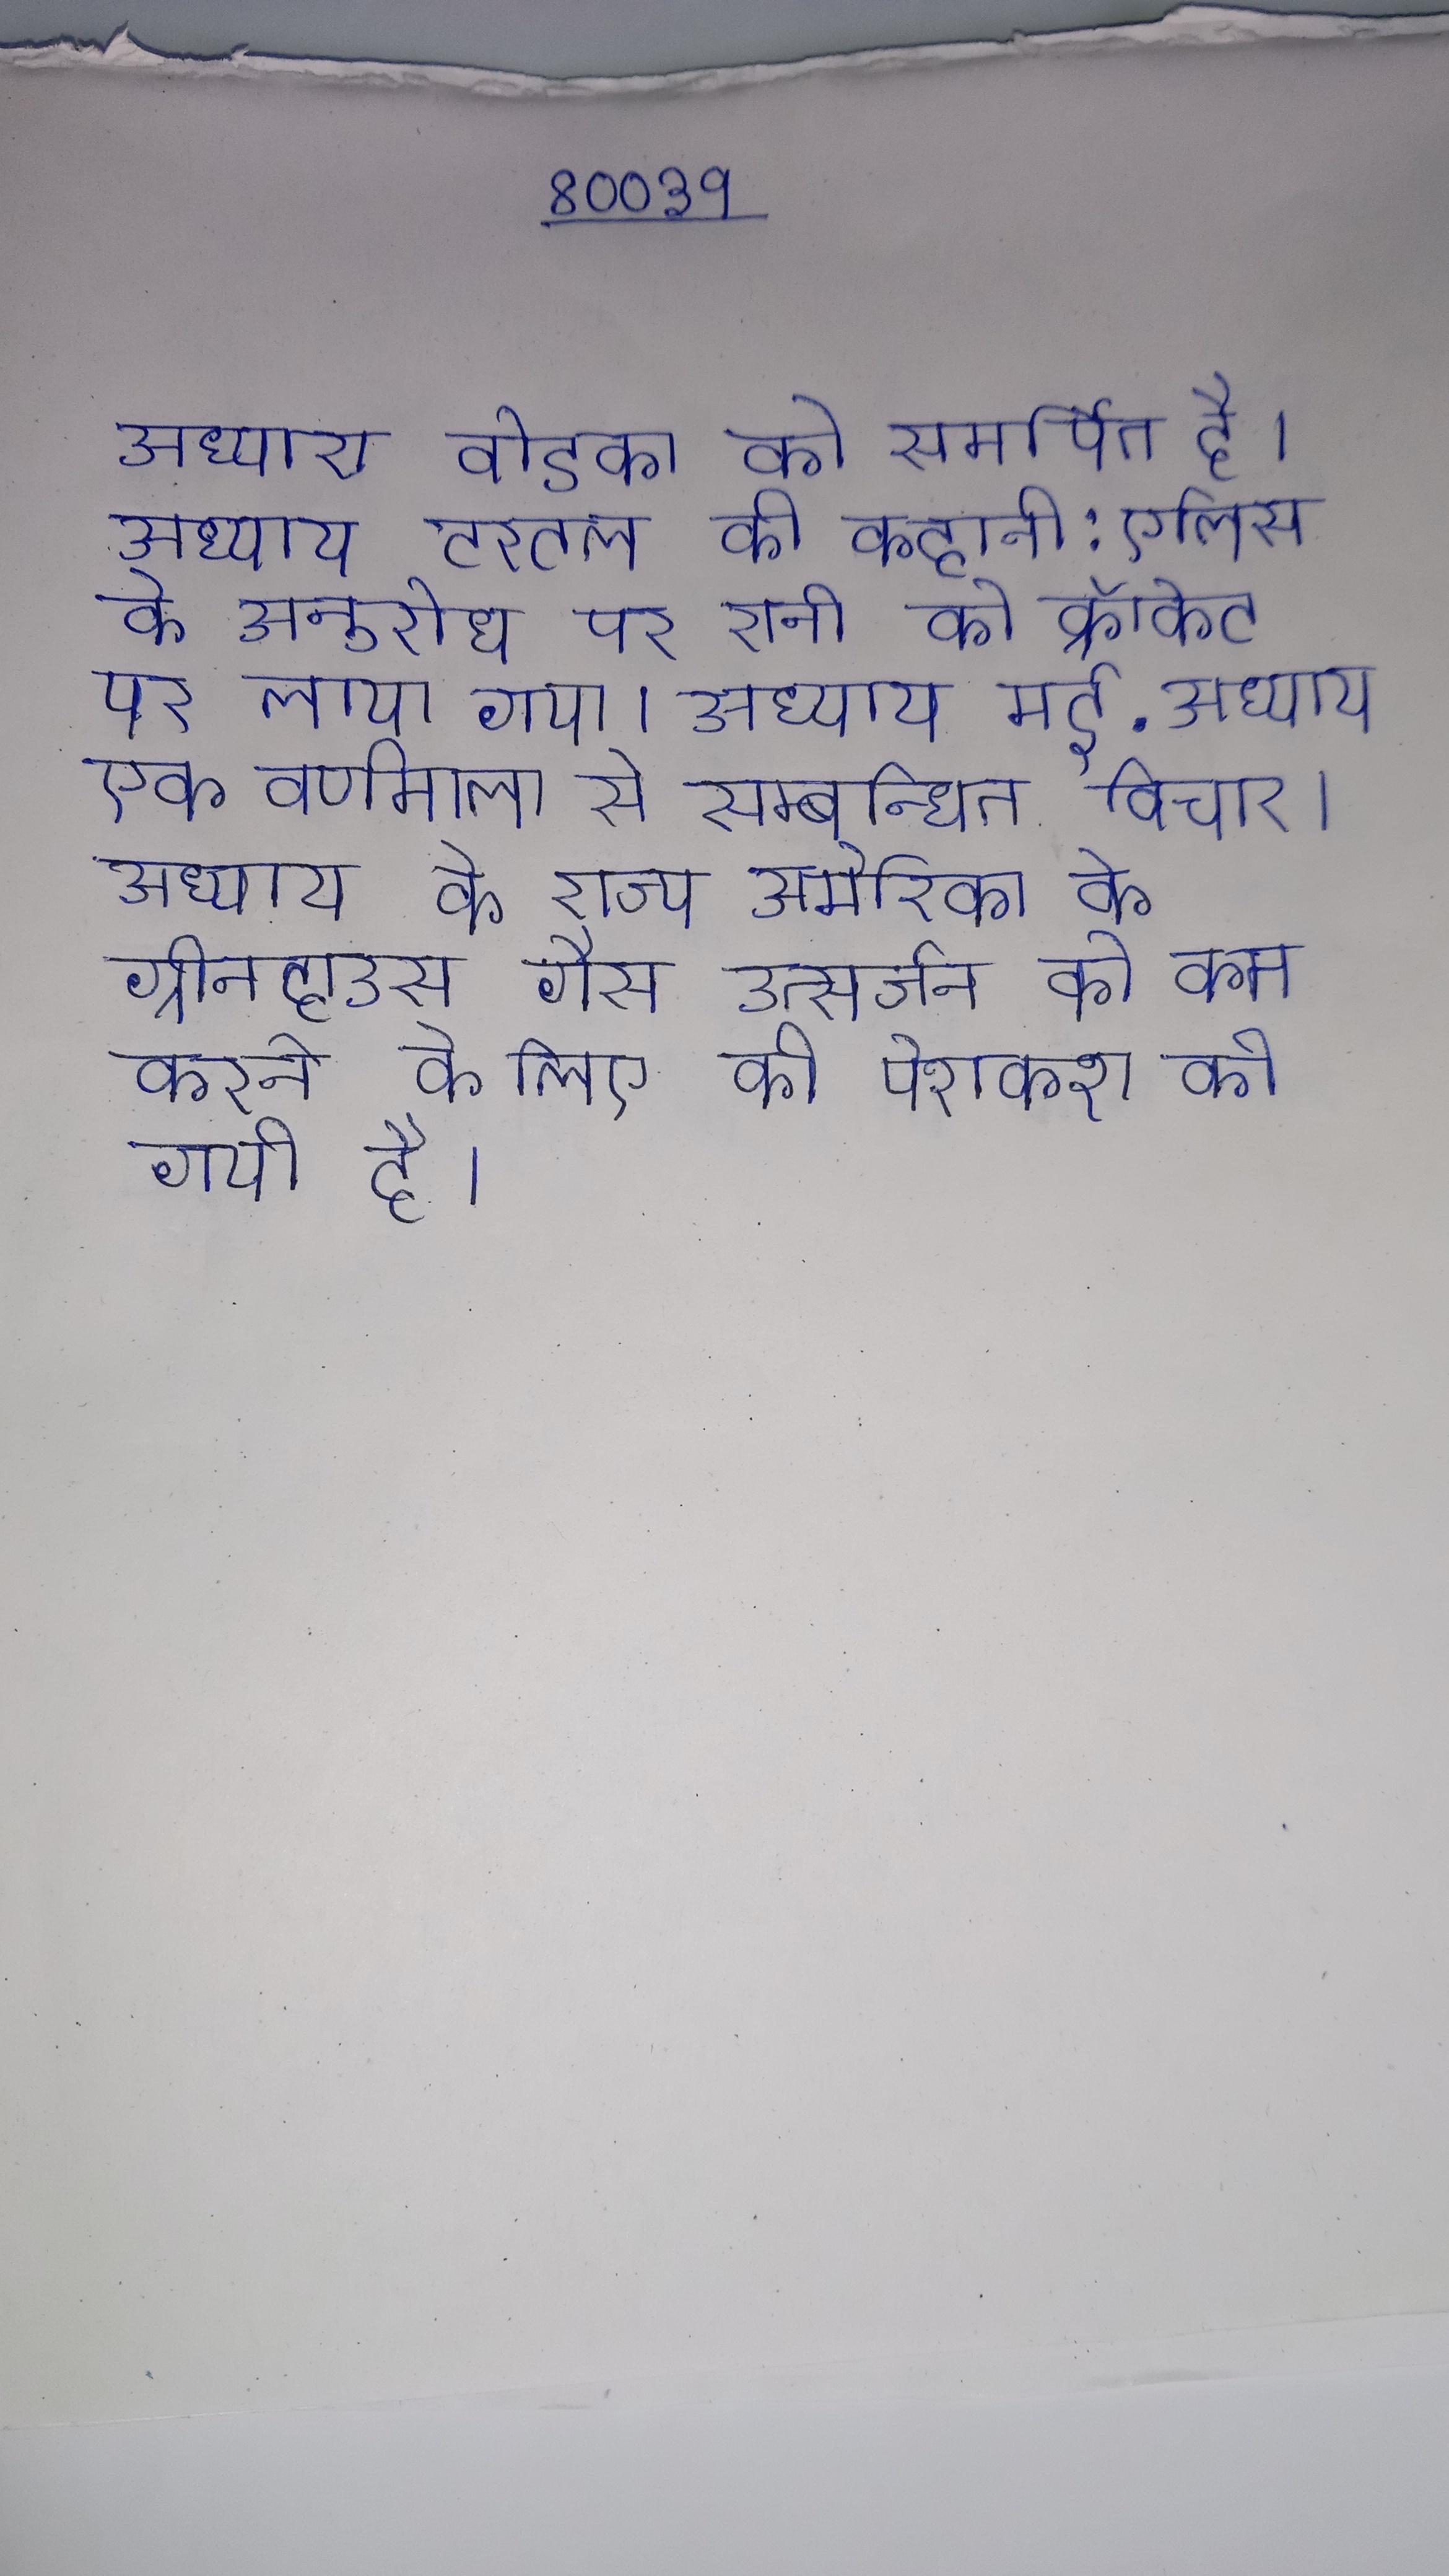
अध्याय वोडका को समर्पित है । अध्याय टरटल की कहानी: एलिस के अनुरोध पर रानी को क्रॉकेट पर लाया गया । अध्याय मई . अध्याय एक वर्णमाला से सम्बन्धित विचार । अध्याय के राज्य अमेरिका के ग्रीनहाउस गैस उत्सर्जन को कम करने के लिए की पेशकश की गयी है ।